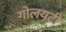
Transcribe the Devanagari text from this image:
गोलयटी